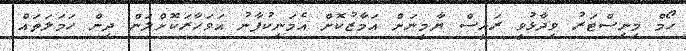
ހޯމް މިނިސްޓަރު ވިދާޅުވީ ރައީސް ޔާމީނަށް އަމާޒުކޮށް އެމަނިކުފާނު އަވަހާރަކޮށްލަން ދިން ހަަމަލަތައް